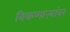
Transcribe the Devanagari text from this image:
विकणाऱ्यांवर